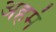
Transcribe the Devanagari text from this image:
अहमं